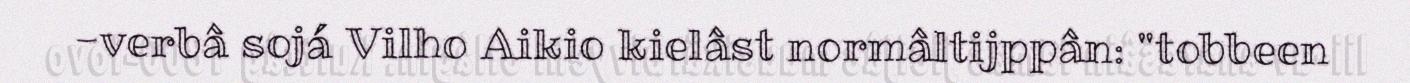
-verbâ sojá Vilho Aikio kielâst normâltijppân: "tobbeen